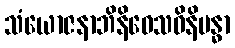
သံယောဇနာဘိနိဝေသဝိနိဗန္ဓာ